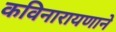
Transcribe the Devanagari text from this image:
कविनारायणाने